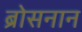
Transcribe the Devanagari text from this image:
ब्रोसनान